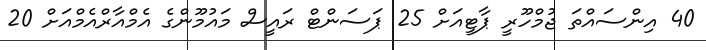
40 އިންސައްތަ ޖުމްހޫރީ ޕާޓީއަށް 25 ޕަސަންޓް ރައީސް މައުމޫންގެ އެމްއާރްއެމްއަށް 20